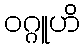
ဝဂ္ဂူဟိ